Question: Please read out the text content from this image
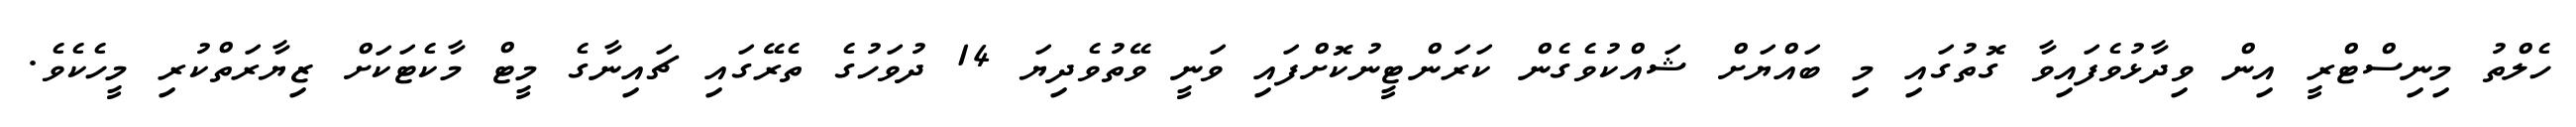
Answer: ހެލްތު މިނިސްޓްރީ އިން ވިދާޅުވެފައިވާ ގޮތުގައި މި ބައްޔަށް ޝައްކުވެގެން ކަރަންޓީނުކޮށްފައި ވަނީ ވޭތުވެދިޔަ 14 ދުވަހުގެ ތެރޭގައި ޗައިނާގެ މީޓް މާކެޓަކަށް ޒިޔާރަތްކުރި މީހެކެވެ.